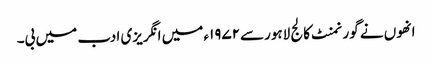
انھوں نے گورنمنٹ کالج لاہورسے۱۹۷۲ء میں انگریزی ادب میں بی۔